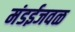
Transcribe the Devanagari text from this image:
मंडईजवळ